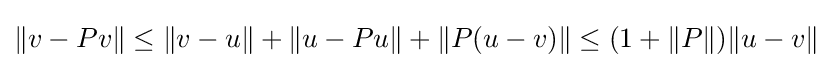
\|v-Pv\|\leq \|v-u\|+\|u-Pu\|+\|P(u-v)\|\leq (1+\|P\|)\|u-v\|